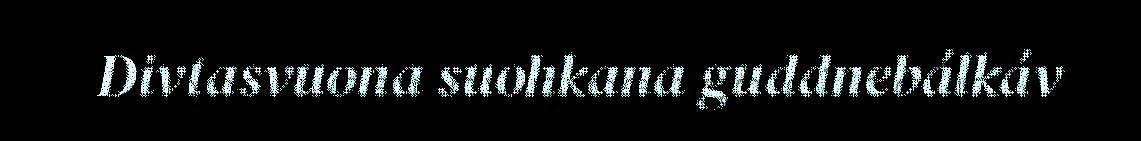
Divtasvuona suohkana guddnebálkáv